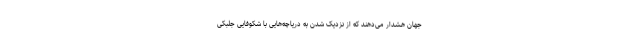
جهان هشدار می‌دهند که از نزدیک شدن به دریاچه‌هایی با شکوفایی جلبکی